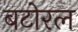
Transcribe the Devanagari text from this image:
बटोरल